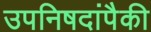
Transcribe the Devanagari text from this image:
उपनिषदांपैकी